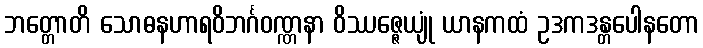
ဘတ္တောတိ သောဓနဟာရဝိဘင်္ဂဝဏ္ဏနာ ဝိဿဇ္ဇေယျုံ ယာနကထံ ဥဒကဒန္တပေါနတော